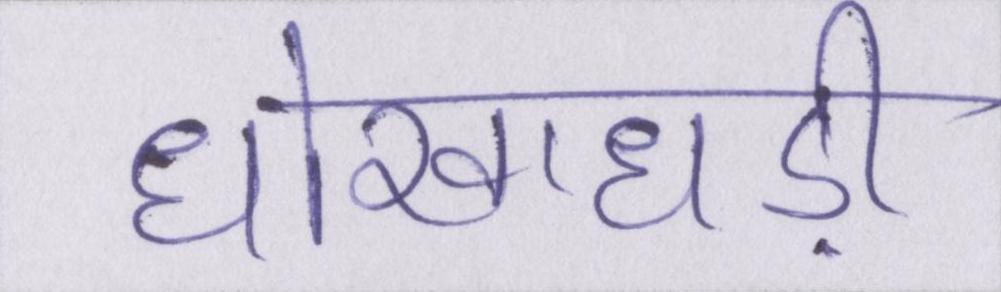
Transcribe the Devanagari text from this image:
धोखाधड़ी